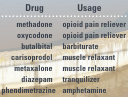
| Drug | Usage |
 | --- | --- |
 | methadone | opioid pain reliever |
 | oxycodone | opioid pain reliever |
 | butalbital | barbiturate |
 | carisoprodol | muscle relaxant |
 | metaxalone | muscle relaxant |
 | diazepam | tranquilizer |
 | phendimetrazine | amphetamine |